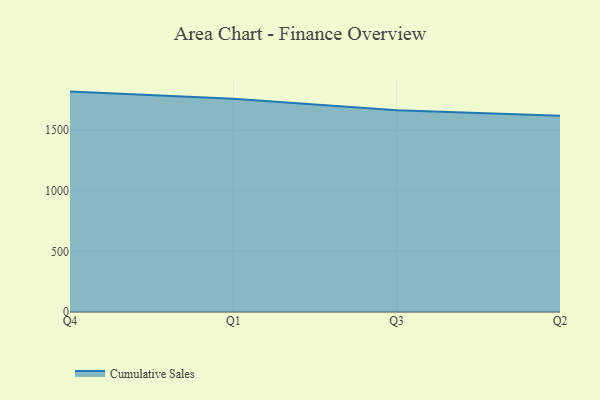
{"axis": {"x": "Quarter", "y": "Churn Rate (%)"}, "legend": ["Cumulative Sales"], "data": [{"x": "Q4", "y": 1817.5, "type": "Cumulative Sales"}, {"x": "Q1", "y": 1758.2, "type": "Cumulative Sales"}, {"x": "Q3", "y": 1663.9, "type": "Cumulative Sales"}, {"x": "Q2", "y": 1617.8, "type": "Cumulative Sales"}]}